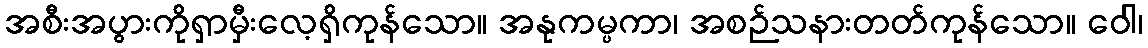
အစီးအပွားကိုရှာမှီးလေ့ရှိကုန်သော။ အနုကမ္ပကာ၊ အစဉ်သနားတတ်ကုန်သော။ ဝေါ၊